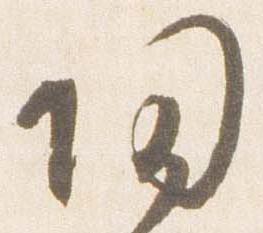
帰